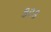
કરક